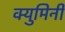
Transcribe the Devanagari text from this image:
क्युमिनी